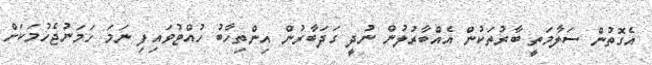
އެގޮތުން ސަލާމަތީ ބާރުތަކުން އެއްބާރުލުން ނުދީ ގަދަބާރުން އިންތިހާބު ހުއްޓުވައިފި ނަމަ ހަމަނުޖެހުމަކަށް